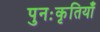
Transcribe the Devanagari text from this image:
पुनःकृतियाँ